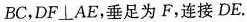
BC，$$DF\botAE$$，垂足为F，连接DE。